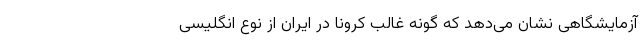
آزمایشگاهی نشان می‌دهد که گونه غالب کرونا در ایران از نوع انگلیسی